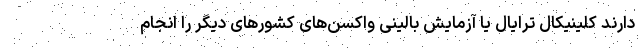
دارند کلینیکال ترایال یا آزمایش بالینی واکسن‌های کشورهای دیگر را انجام